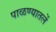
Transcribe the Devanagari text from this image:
पाळण्यातलें